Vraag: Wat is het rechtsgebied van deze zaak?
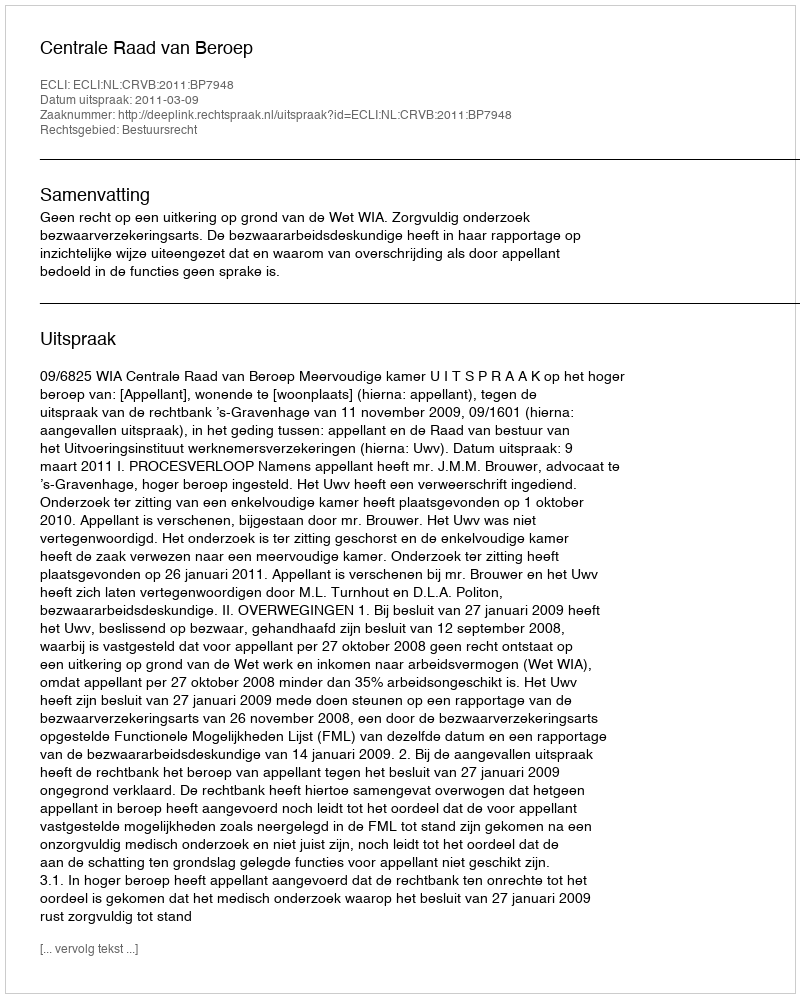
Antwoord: Bestuursrecht